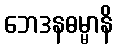
ဘေဒနဓမ္မာနိ